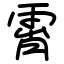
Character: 霄